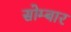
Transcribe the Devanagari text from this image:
सोम्बार